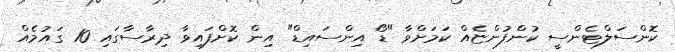
ކޮންސަލްޓެންސީ ކުންފުންޏެއް ކަމަށްވާ "ޑޯ އިންސައިޑް" އިން ކޮށްފައިވާ ދިރާސާގައި 10 ގައުމެއް